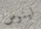
لينوس